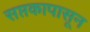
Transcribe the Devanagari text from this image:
सप्तकापासून